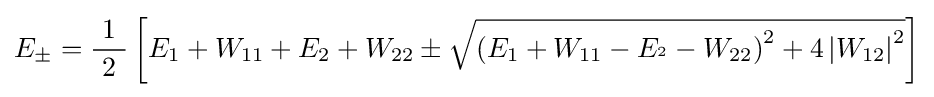
E_{\pm }={\frac {1}{\ 2\ }}\left[E_{1}+W_{11}+E_{2}+W_{22}\pm {\sqrt {{\left(E_{1}+W_{11}-E_{^{2}}-W_{22}\right)}^{2}+4\left|W_{12}\right|^{2}}}\right]